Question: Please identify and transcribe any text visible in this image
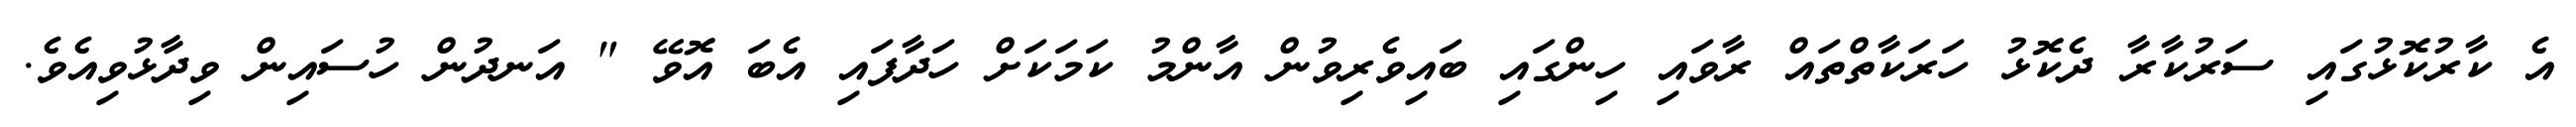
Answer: އެ ކާރުކޮޅުގައި ސަރުކާރާ ދެކޮޅު ހަރަކާތްތައް ރާވައި ހިންގައި ބައިވެރިވުން އާންމު ކަމަކަށް ހަދާފައި އެބަ އޮވޭ " އަނދުން ހުސައިން ވިދާޅުވިއެވެ.